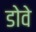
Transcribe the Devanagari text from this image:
डोवे